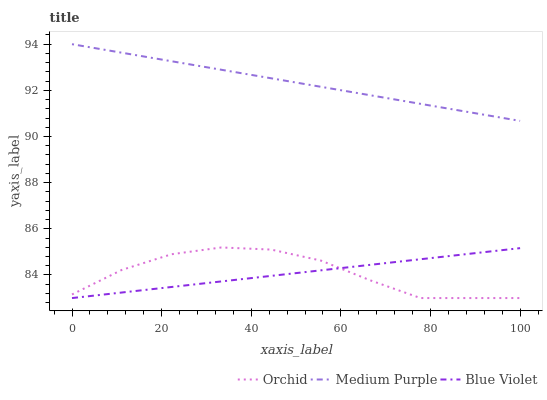
| xaxis_label | Orchid | Medium Purple | Blue Violet |
 | --- | --- | --- | --- |
 | 0 | 83.2 | 94 | 83 |
 | 11.1 | 84.2 | 93.6 | 83.2 |
 | 22.2 | 84.9 | 93.3 | 83.5 |
 | 33.3 | 85.2 | 92.9 | 83.7 |
 | 44.4 | 85.1 | 92.5 | 84 |
 | 55.6 | 84.6 | 92.2 | 84.2 |
 | 66.7 | 83.8 | 91.8 | 84.4 |
 | 77.8 | 83 | 91.4 | 84.7 |
 | 88.9 | 83 | 91 | 84.9 |
 | 100 | 83 | 90.7 | 85.2 |